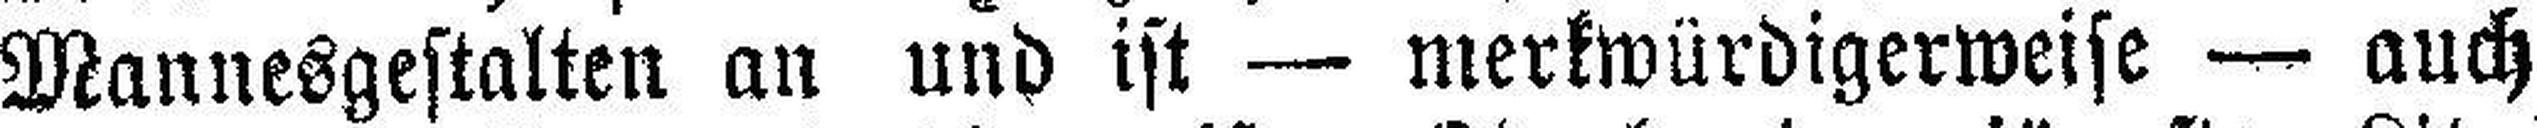
Mannesgestalten an und ist — merkwürdigerweise — auch